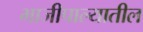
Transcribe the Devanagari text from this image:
भाजीपाल्यातील